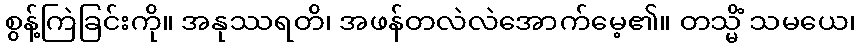
စွန့်ကြဲခြင်းကို။ အနုဿရတိ၊ အဖန်တလဲလဲအောက်မေ့၏။ တသ္မိံ သမယေ၊